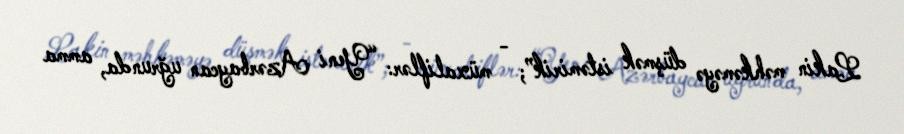
Lakin məhkəməyə düşmək istəmirik”; - müxaliflər: “Yeni Azərbaycan uğrunda, amma